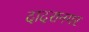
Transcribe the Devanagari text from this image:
दादरानगर